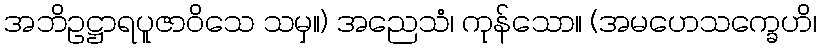
အဘိဥဋ္ဌာရပူဇာဝိသေ သမှ။) အညေသံ၊ ကုန်သော။ (အမဟေသက္ခေဟိ၊